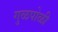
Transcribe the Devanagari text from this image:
गुळपोळी